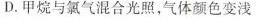
D.甲烷与氯气混合光照，气体颜色变浅